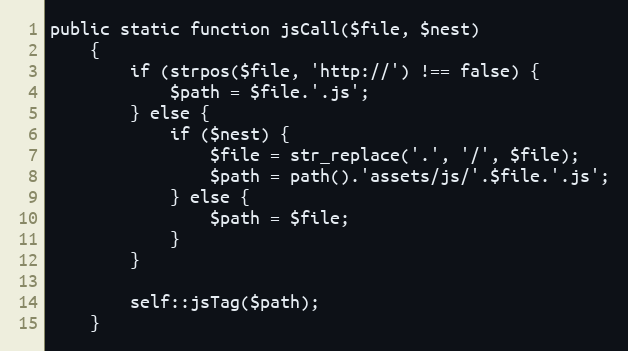
Language: PHP
public static function jsCall($file, $nest)
    {
        if (strpos($file, 'http://') !== false) {
            $path = $file.'.js';
        } else {
            if ($nest) {
                $file = str_replace('.', '/', $file);
                $path = path().'assets/js/'.$file.'.js';
            } else {
                $path = $file;
            }
        }

        self::jsTag($path);
    }